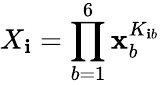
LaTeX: X_{\mathbf{i}}=\prod_{b=1}^{6}\mathbf{x}_{b}^{K_{\mathbf{i}b}}